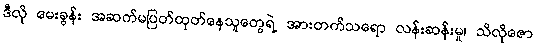
ဒီလို မေးခွန်း အဆက်မပြတ်ထုတ်နေသူတွေရဲ့ အားတက်သရော လန်းဆန်းမှု၊ သိလိုဇော